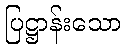
ပြဋ္ဌာန်းသော